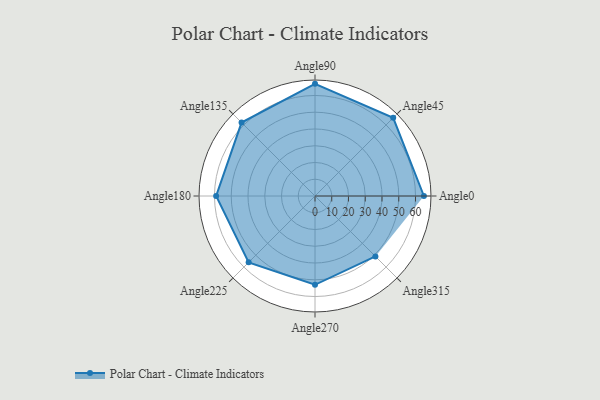
{"axis": {"x": "Angle", "y": "Radius"}, "legend": [""], "data": [{"x": "Angle0", "y": 65.0, "type": ""}, {"x": "Angle45", "y": 66.0, "type": ""}, {"x": "Angle90", "y": 67.0, "type": ""}, {"x": "Angle135", "y": 62.0, "type": ""}, {"x": "Angle180", "y": 59.0, "type": ""}, {"x": "Angle225", "y": 56.0, "type": ""}, {"x": "Angle270", "y": 53.0, "type": ""}, {"x": "Angle315", "y": 51.0, "type": ""}]}